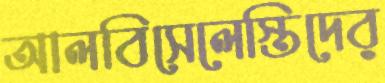
আলবিসেলেস্তিদের